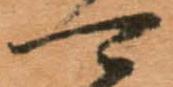
可